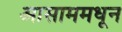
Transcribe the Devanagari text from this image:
आसाममधून